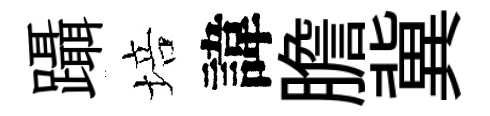
躡培諱膽冀